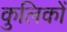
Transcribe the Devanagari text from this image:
कुलिकों